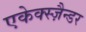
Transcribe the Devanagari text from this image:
एकेक्स्ज़ैन्डर